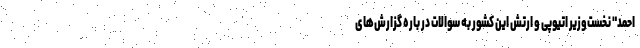
احمد" نخست‌وزیر اتیوپی و ارتش این کشور به سوالات در باره گزارش‌های